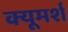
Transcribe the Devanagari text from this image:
क्यूमर्श